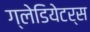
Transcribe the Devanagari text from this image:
ग्लेडियेटर्स